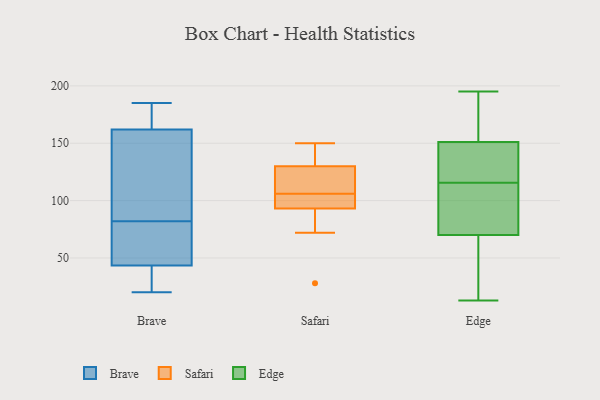
{"axis": {"x": "Population (Million)", "y": "Value"}, "legend": ["Brave", "Edge", "Safari"], "data": [{"x": "", "y": 20, "type": "Brave"}, {"x": "", "y": 63, "type": "Brave"}, {"x": "", "y": 98, "type": "Brave"}, {"x": "", "y": 81, "type": "Brave"}, {"x": "", "y": 37, "type": "Brave"}, {"x": "", "y": 132, "type": "Brave"}, {"x": "", "y": 36, "type": "Brave"}, {"x": "", "y": 172, "type": "Brave"}, {"x": "", "y": 185, "type": "Brave"}, {"x": "", "y": 172, "type": "Brave"}, {"x": "", "y": 82, "type": "Brave"}, {"x": "", "y": 28, "type": "Safari"}, {"x": "", "y": 93, "type": "Safari"}, {"x": "", "y": 150, "type": "Safari"}, {"x": "", "y": 72, "type": "Safari"}, {"x": "", "y": 111, "type": "Safari"}, {"x": "", "y": 130, "type": "Safari"}, {"x": "", "y": 134, "type": "Safari"}, {"x": "", "y": 101, "type": "Safari"}, {"x": "", "y": 120, "type": "Safari"}, {"x": "", "y": 100, "type": "Safari"}, {"x": "", "y": 165, "type": "Edge"}, {"x": "", "y": 195, "type": "Edge"}, {"x": "", "y": 158, "type": "Edge"}, {"x": "", "y": 87, "type": "Edge"}, {"x": "", "y": 117, "type": "Edge"}, {"x": "", "y": 117, "type": "Edge"}, {"x": "", "y": 17, "type": "Edge"}, {"x": "", "y": 114, "type": "Edge"}, {"x": "", "y": 124, "type": "Edge"}, {"x": "", "y": 144, "type": "Edge"}, {"x": "", "y": 108, "type": "Edge"}, {"x": "", "y": 94, "type": "Edge"}, {"x": "", "y": 74, "type": "Edge"}, {"x": "", "y": 56, "type": "Edge"}, {"x": "", "y": 66, "type": "Edge"}, {"x": "", "y": 172, "type": "Edge"}, {"x": "", "y": 127, "type": "Edge"}, {"x": "", "y": 181, "type": "Edge"}, {"x": "", "y": 36, "type": "Edge"}, {"x": "", "y": 13, "type": "Edge"}]}